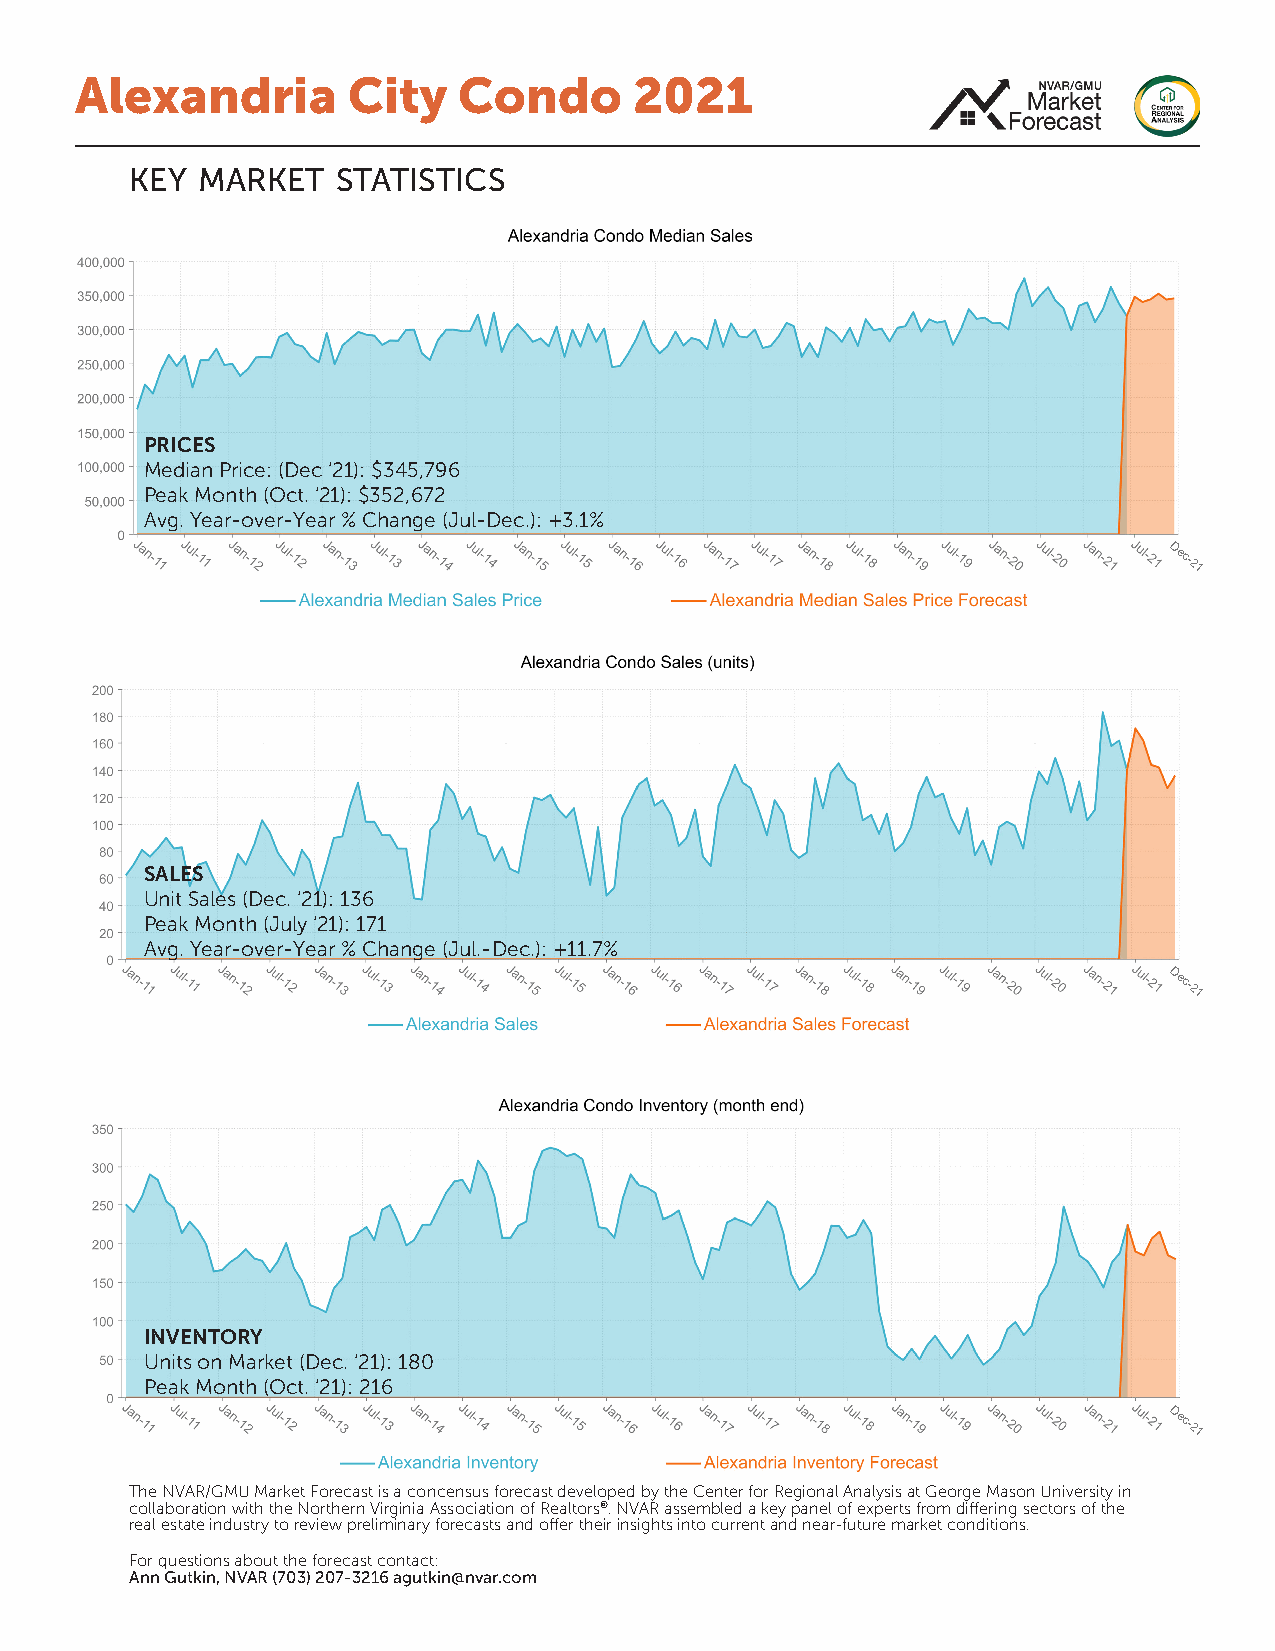
Alexandria        City   Condo       2021
 key market   statistics
 PRICES
 Median Price: (Dec ‘21): $345,796
 Peak Month (Oct. ‘21): $352,672
 Avg. Year-over-Year % Change (Jul-Dec.): +3.1%
 Dec-21
 SALES
 Unit Sales (Dec. ‘21): 136
 Peak Month (July ‘21): 171
 Avg. Year-over-Year % Change (Jul.-Dec.): +11.7%
 Dec-21
 INVENTORY
 Units on Market (Dec. ‘21): 180
 Peak Month (Oct. ‘21): 216
 Dec-21
 The NVAR/GMU Market Forecast is a concensus forecast developed by the Center for Regional Analysis at George Mason University in
 collaboration with the Northern Virginia Association of Realtors®. NVAR assembled a key panel of experts from differing sectors of the
 real estate industry to review preliminary forecasts and offer their insights into current and near-future market conditions.
 For questions about the forecast contact:
 Ann Gutkin, NVAR (703) 207-3216 agutkin@nvar.com